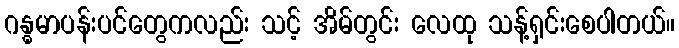
ဂန္ဓမာပန်းပင်တွေကလည်း သင့် အိမ်တွင်း လေထု သန့်ရှင်းစေပါတယ်။